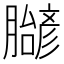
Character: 𬛝